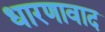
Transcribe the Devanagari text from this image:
धारणावाद